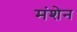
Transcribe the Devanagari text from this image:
मंशेन